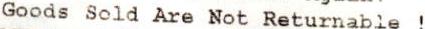
GOODS SOLD ARE NOT RETURNABLE !